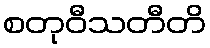
စတုဝီသတီတိ